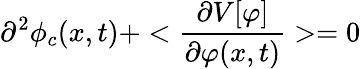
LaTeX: \partial^{2}\phi_{c}(x,t)+<{\frac{\partial V[\varphi]}{\partial\varphi(x,t)}}>=0